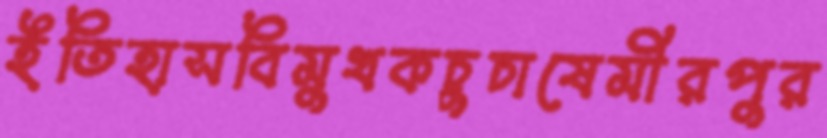
ইতিহাসবিমুখকচুচাষেমীরপুর